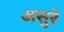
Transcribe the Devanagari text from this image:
असुरे